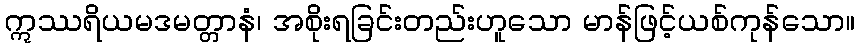
ဣဿရိယမဒမတ္တာနံ၊ အစိုးရခြင်းတည်းဟူသော မာန်ဖြင့်ယစ်ကုန်သော။